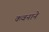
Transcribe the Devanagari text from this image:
कवनाने